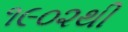
૧૯૦૨થી